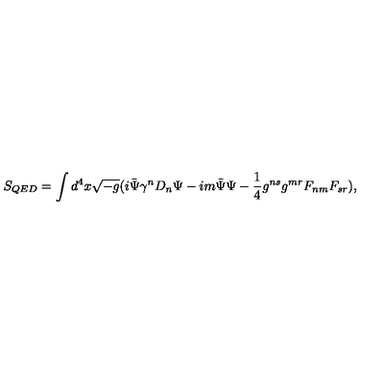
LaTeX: S _ { Q E D } = \int d ^ { 4 } x \sqrt { - g } ( i \bar { \Psi } \gamma ^ { n } D _ { n } \Psi - i m \bar { \Psi } \Psi - \frac { 1 } { 4 } g ^ { n s } g ^ { m r } F _ { n m } F _ { s r } ) ,